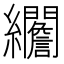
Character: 𦇾